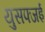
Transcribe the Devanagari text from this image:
युसफ्जई